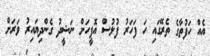
އެއް ހަފުތާގެ ތެރޭގައި ހަ ފަހަރު ފުލުސް އޮފީހަށް ނަޝީދު ގެންދިޔައިރު ވަރަށް